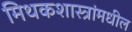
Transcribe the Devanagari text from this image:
मिथकशास्त्रांमधील